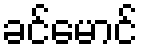
ခင်မောင်